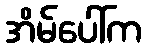
အိမ်ပေါ်က